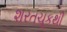
શરતચૂકથી